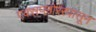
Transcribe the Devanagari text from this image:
एक्सप्लोररपासून